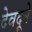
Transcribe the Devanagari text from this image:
देवदूने